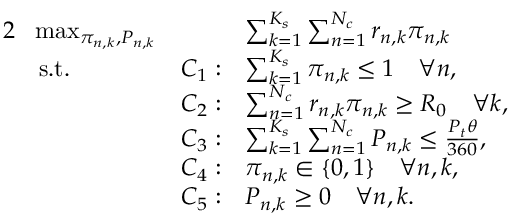
\begin{array} { r l r l } { { 2 } } & { \! \operatorname* { m a x } _ { \pi _ { n , k } , P _ { n , k } } } & { \quad } & { \sum _ { k = 1 } ^ { K _ { s } } \sum _ { n = 1 } ^ { N _ { c } } r _ { n , k } \pi _ { n , k } } \\ & { \mathrm { s . t . } } & { C _ { 1 } : } & { \sum _ { k = 1 } ^ { K _ { s } } \pi _ { n , k } \leq 1 \quad \forall n , } \\ & { } & { C _ { 2 } : } & { \sum _ { n = 1 } ^ { N _ { c } } r _ { n , k } \pi _ { n , k } \geq R _ { 0 } \quad \forall k , } \\ & { } & { C _ { 3 } : } & { \sum _ { k = 1 } ^ { K _ { s } } \sum _ { n = 1 } ^ { N _ { c } } P _ { n , k } \leq \frac { P _ { t } \theta } { 3 6 0 } , } \\ & { } & { C _ { 4 } : } & { \pi _ { n , k } \in \{ 0 , 1 \} \quad \forall n , k , } \\ & { } & { C _ { 5 } : } & { P _ { n , k } \geq 0 \quad \forall n , k . } \end{array}